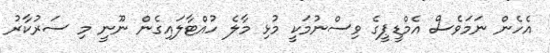
އެހެން ނަމަވެސް އެމްޑީޕީގެ ވިސްނުމަކީ މުޅި މާލެ ހުއްޓާލައިގެން ނޫނީ މި ސަރުކާރު